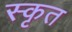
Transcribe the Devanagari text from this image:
स्कृत